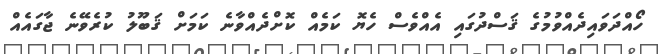
ހޯއްދަވައިދެއްވުމުގެ ޤަސްދުގައި އެއްވެސް ހެޔޮ ކަމެއް ކޮށްދެއްވާނެ ކަމަށް ޤަބޫލު ކުރެވޭނެ ޖާގައެއް